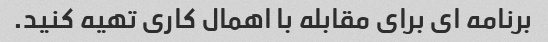
برنامه ای برای مقابله با اهمال کاری تهیه کنید.